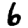
Digit: 6